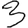
Digit: 3